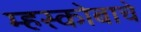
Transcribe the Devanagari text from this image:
म्हस्कोबाचे